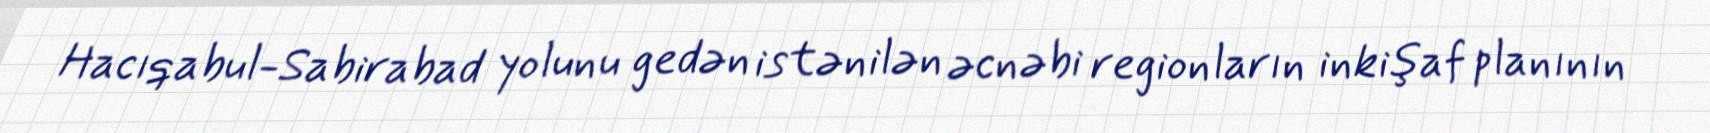
Hacıqabul-Sabirabad yolunu gedən istənilən əcnəbi regionların inkişaf planının